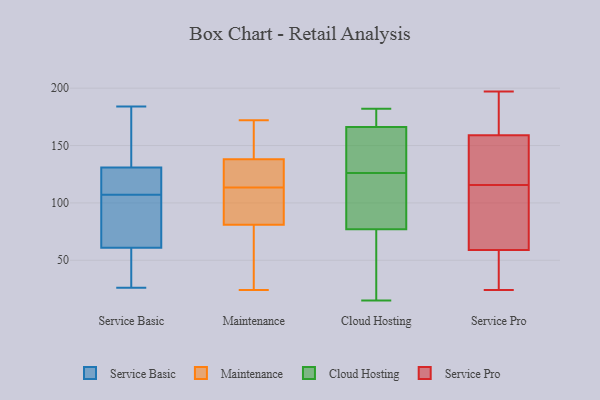
{"axis": {"x": "Shipments", "y": "Value"}, "legend": ["Cloud Hosting", "Maintenance", "Service Basic", "Service Pro"], "data": [{"x": "", "y": 184, "type": "Service Basic"}, {"x": "", "y": 90, "type": "Service Basic"}, {"x": "", "y": 107, "type": "Service Basic"}, {"x": "", "y": 26, "type": "Service Basic"}, {"x": "", "y": 183, "type": "Service Basic"}, {"x": "", "y": 111, "type": "Service Basic"}, {"x": "", "y": 70, "type": "Service Basic"}, {"x": "", "y": 124, "type": "Service Basic"}, {"x": "", "y": 58, "type": "Service Basic"}, {"x": "", "y": 37, "type": "Service Basic"}, {"x": "", "y": 133, "type": "Service Basic"}, {"x": "", "y": 138, "type": "Maintenance"}, {"x": "", "y": 24, "type": "Maintenance"}, {"x": "", "y": 81, "type": "Maintenance"}, {"x": "", "y": 85, "type": "Maintenance"}, {"x": "", "y": 149, "type": "Maintenance"}, {"x": "", "y": 105, "type": "Maintenance"}, {"x": "", "y": 122, "type": "Maintenance"}, {"x": "", "y": 172, "type": "Maintenance"}, {"x": "", "y": 136, "type": "Maintenance"}, {"x": "", "y": 74, "type": "Maintenance"}, {"x": "", "y": 15, "type": "Cloud Hosting"}, {"x": "", "y": 111, "type": "Cloud Hosting"}, {"x": "", "y": 73, "type": "Cloud Hosting"}, {"x": "", "y": 62, "type": "Cloud Hosting"}, {"x": "", "y": 179, "type": "Cloud Hosting"}, {"x": "", "y": 182, "type": "Cloud Hosting"}, {"x": "", "y": 89, "type": "Cloud Hosting"}, {"x": "", "y": 137, "type": "Cloud Hosting"}, {"x": "", "y": 126, "type": "Cloud Hosting"}, {"x": "", "y": 63, "type": "Cloud Hosting"}, {"x": "", "y": 118, "type": "Cloud Hosting"}, {"x": "", "y": 143, "type": "Cloud Hosting"}, {"x": "", "y": 134, "type": "Cloud Hosting"}, {"x": "", "y": 174, "type": "Cloud Hosting"}, {"x": "", "y": 174, "type": "Cloud Hosting"}, {"x": "", "y": 84, "type": "Service Pro"}, {"x": "", "y": 38, "type": "Service Pro"}, {"x": "", "y": 118, "type": "Service Pro"}, {"x": "", "y": 113, "type": "Service Pro"}, {"x": "", "y": 51, "type": "Service Pro"}, {"x": "", "y": 197, "type": "Service Pro"}, {"x": "", "y": 33, "type": "Service Pro"}, {"x": "", "y": 145, "type": "Service Pro"}, {"x": "", "y": 126, "type": "Service Pro"}, {"x": "", "y": 131, "type": "Service Pro"}, {"x": "", "y": 102, "type": "Service Pro"}, {"x": "", "y": 164, "type": "Service Pro"}, {"x": "", "y": 169, "type": "Service Pro"}, {"x": "", "y": 159, "type": "Service Pro"}, {"x": "", "y": 163, "type": "Service Pro"}, {"x": "", "y": 24, "type": "Service Pro"}, {"x": "", "y": 102, "type": "Service Pro"}, {"x": "", "y": 59, "type": "Service Pro"}]}